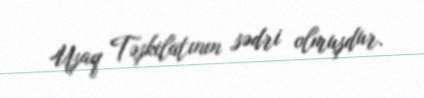
Uşaq Təşkilatının sədri olmuşdur.